King Institute of Preventive Medicine Micro-Biological Section reports 1912-19
Year: 1912
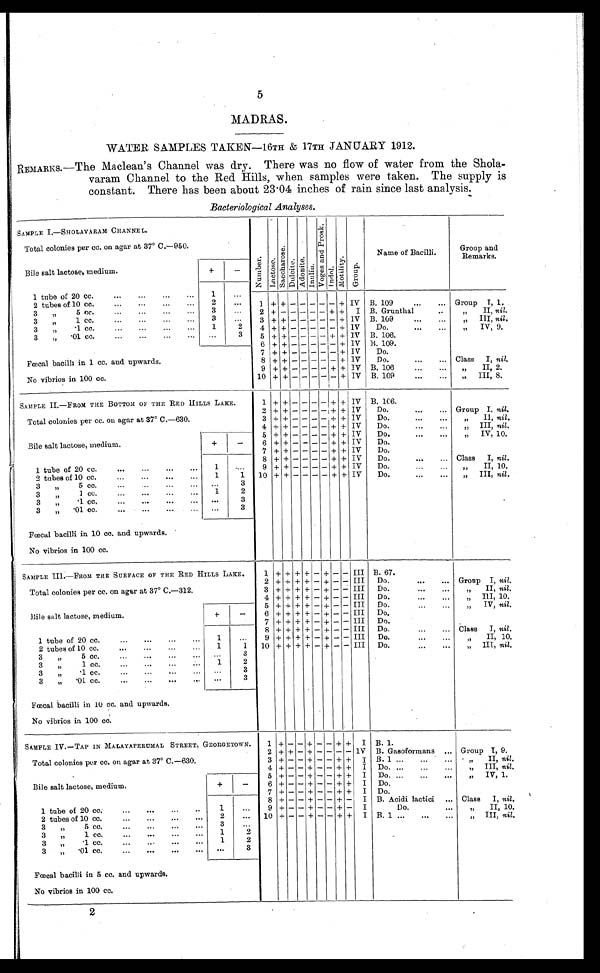
5
MADRAS.
WATER SAMPLES TAKEN—16TH & 17TH JANUARY 1912.
REMARKS.—The Maclean's Channel was dry. There was no flow of water from the Shola-
varam Channel to the Red Hills, when samples were taken. The supply is
constant. There has been about 2304 inches of rain since last analysis.
Bacteriological Analyses.
SAMPLE I.—SHOLAVARAM CHANNEL.
Total colonies per cc. on agar at 37° C.—950
Bile salt lactose, medium.
+
—
Numbe r . La c t os e .
S a c c h a r o s e .
Dul ci t e. Ad o n i t e .
Inul i u
V o v e s a n d P r o s k .
I ndol .
Mot i l i t y
Group.
Name of Bacilli.
Group and
Remarks.
1 tube of 20 cc.
1
. . .
2 tubes of 10 cc.
2
. . .
1 + + - - - - - + IV B. 109
G r o u p I , 1 .
3
,,
5 cc.
3
. . .
2 + - - - - - + + I B. Grunthal
" II, ni l .
3
,
1 cc.
3 ...
3
+ + - - - - - + IV B. 109
„
III, nil.
3
"
•1 cc.
1
2
4 + + - - - - - + IV
Do.
„ IV, 9,
3
„ ..01 cc.
...
3
5 + + - - - - + + IV B. 106.
Fœcal bacilli in 1 cc. and upwards.
No vibrios in 100 cc.
6 + + - - - - - + IV B. 109.
7
+ + - - - - - + IV
Do.
8 + + - - - - - + IV
Do.
Class I, nil.
9 + + - - - - + + IV B. 106
II, 2.
10 + + - - - - - + IV B. 109
III, 8.
SAMPLE IL —FROM THE BOTTOM OF THE RED HILLS LAKE.
Total colonies per cc, on agar at 37° C.-630.
1 + + - - - - + + IV B. 106.
2 + + - - - - + + IV
Do.
Group I, nil.
3 + + - - - - + + IV
Do.
II, nil.
4 + + - - - - + + IV
Do.
III, nil.
5 + + - - - - + + IV
Do.
IV, 10.
Bile salt lactose, medium.
+
1
- . . .
6 + + - - - - + + IV
Do.
7 + + - - - - + + IV
Do.
8 + + - - - - + + IV
Do.
Class I, nil.
1 tube of 20 cc.
9 + + - - - - + + 1V
Do
" II, 10.
2 tubes of 10 cc.
1
1 10 + + - - - - + + IV
D p .
III, nil.
„
3
,,
5 cc.
. . .
3
„
3
,,
I cc.
1
2
3
1,
.1 cc.
. . .
3
3
„ .01 cc,
...
3
Fœcal bacilli in 10 cc. and upwards.
No vibrios in 100 cc.
SAMPLE III.—FROM THE SURFACE OF THE RED HILLS LAKE.
Total colonies per cc. on agar at 37° C.—312.
1 + + + + - + - - III B. 67.
2 + + + + - + - - III Do.
Group I, nil.
3 + + + + - + - - III Do.
" II, ni l .
4 + + + + - + - - III Do
" I I I 1 0 .
5 + + + + - + - - III Do.
" IV, nil.
Bile salt lactose, medium.
+
-
6 + + + + - + - - III Do.
7 + + + + - + - - III Do.
8 + + + + - + - - III Do.
Class I, nil.
1 tube of 20 cc.
1 ...
9 + + + + - + - - III Do
" I nil.
2 tubes of 10 cc.
1
1
10 + + + + - + - - III Do.
III, nil.
,,
3
,,
5 cc.
3
3
"
1 cc.
1
2
3
",
.1 cc.
. . .
3
3
„ .01 cc.
. . .
3
Fœcal bacilli in 10 cc. and upwards.
No vibrios in 100 cc.
SAMPLE IV. — TAP IN MALAYAPERUMAL STREET, GEORGETOWN.
Total colonies per cc. on agar at 37° C.—630.
1 +
- - + - - + + I B. 1.
2 + + - + - - - - IV B. Gasoformans
Group 1, 9.
3 + - - + - - + + I B. 1
" II, nil.
4 + - - + - - + + I Do.
III, nil.
„
Bile salt lactose, medium,
+
-
5 + - - + - - + + I Do.
IV, 1.
"
6 + - - + - - + + I Do,
7 + - - + - - + + I Do.
8 + - - + - - + -
I B. Acidi lactici ... Class I, nil.
1 tube of 20 cc.
1
. . .
9 + - - + - - + -
I
Do.
" II, 10.
2 tubes of 10 cc.
2
. . .
10 + - - + - - + + I B. 1
„ III, nil.
3
"
5 cc.
3
. . .
3
" ,
1 cc.
1
2
3
" ,
.1 cc.
1
2
3 „ .01 cc.
...
3
Fœcal bacilli in 5 cc. and upwards.
No vibrios in 100 cc.
2